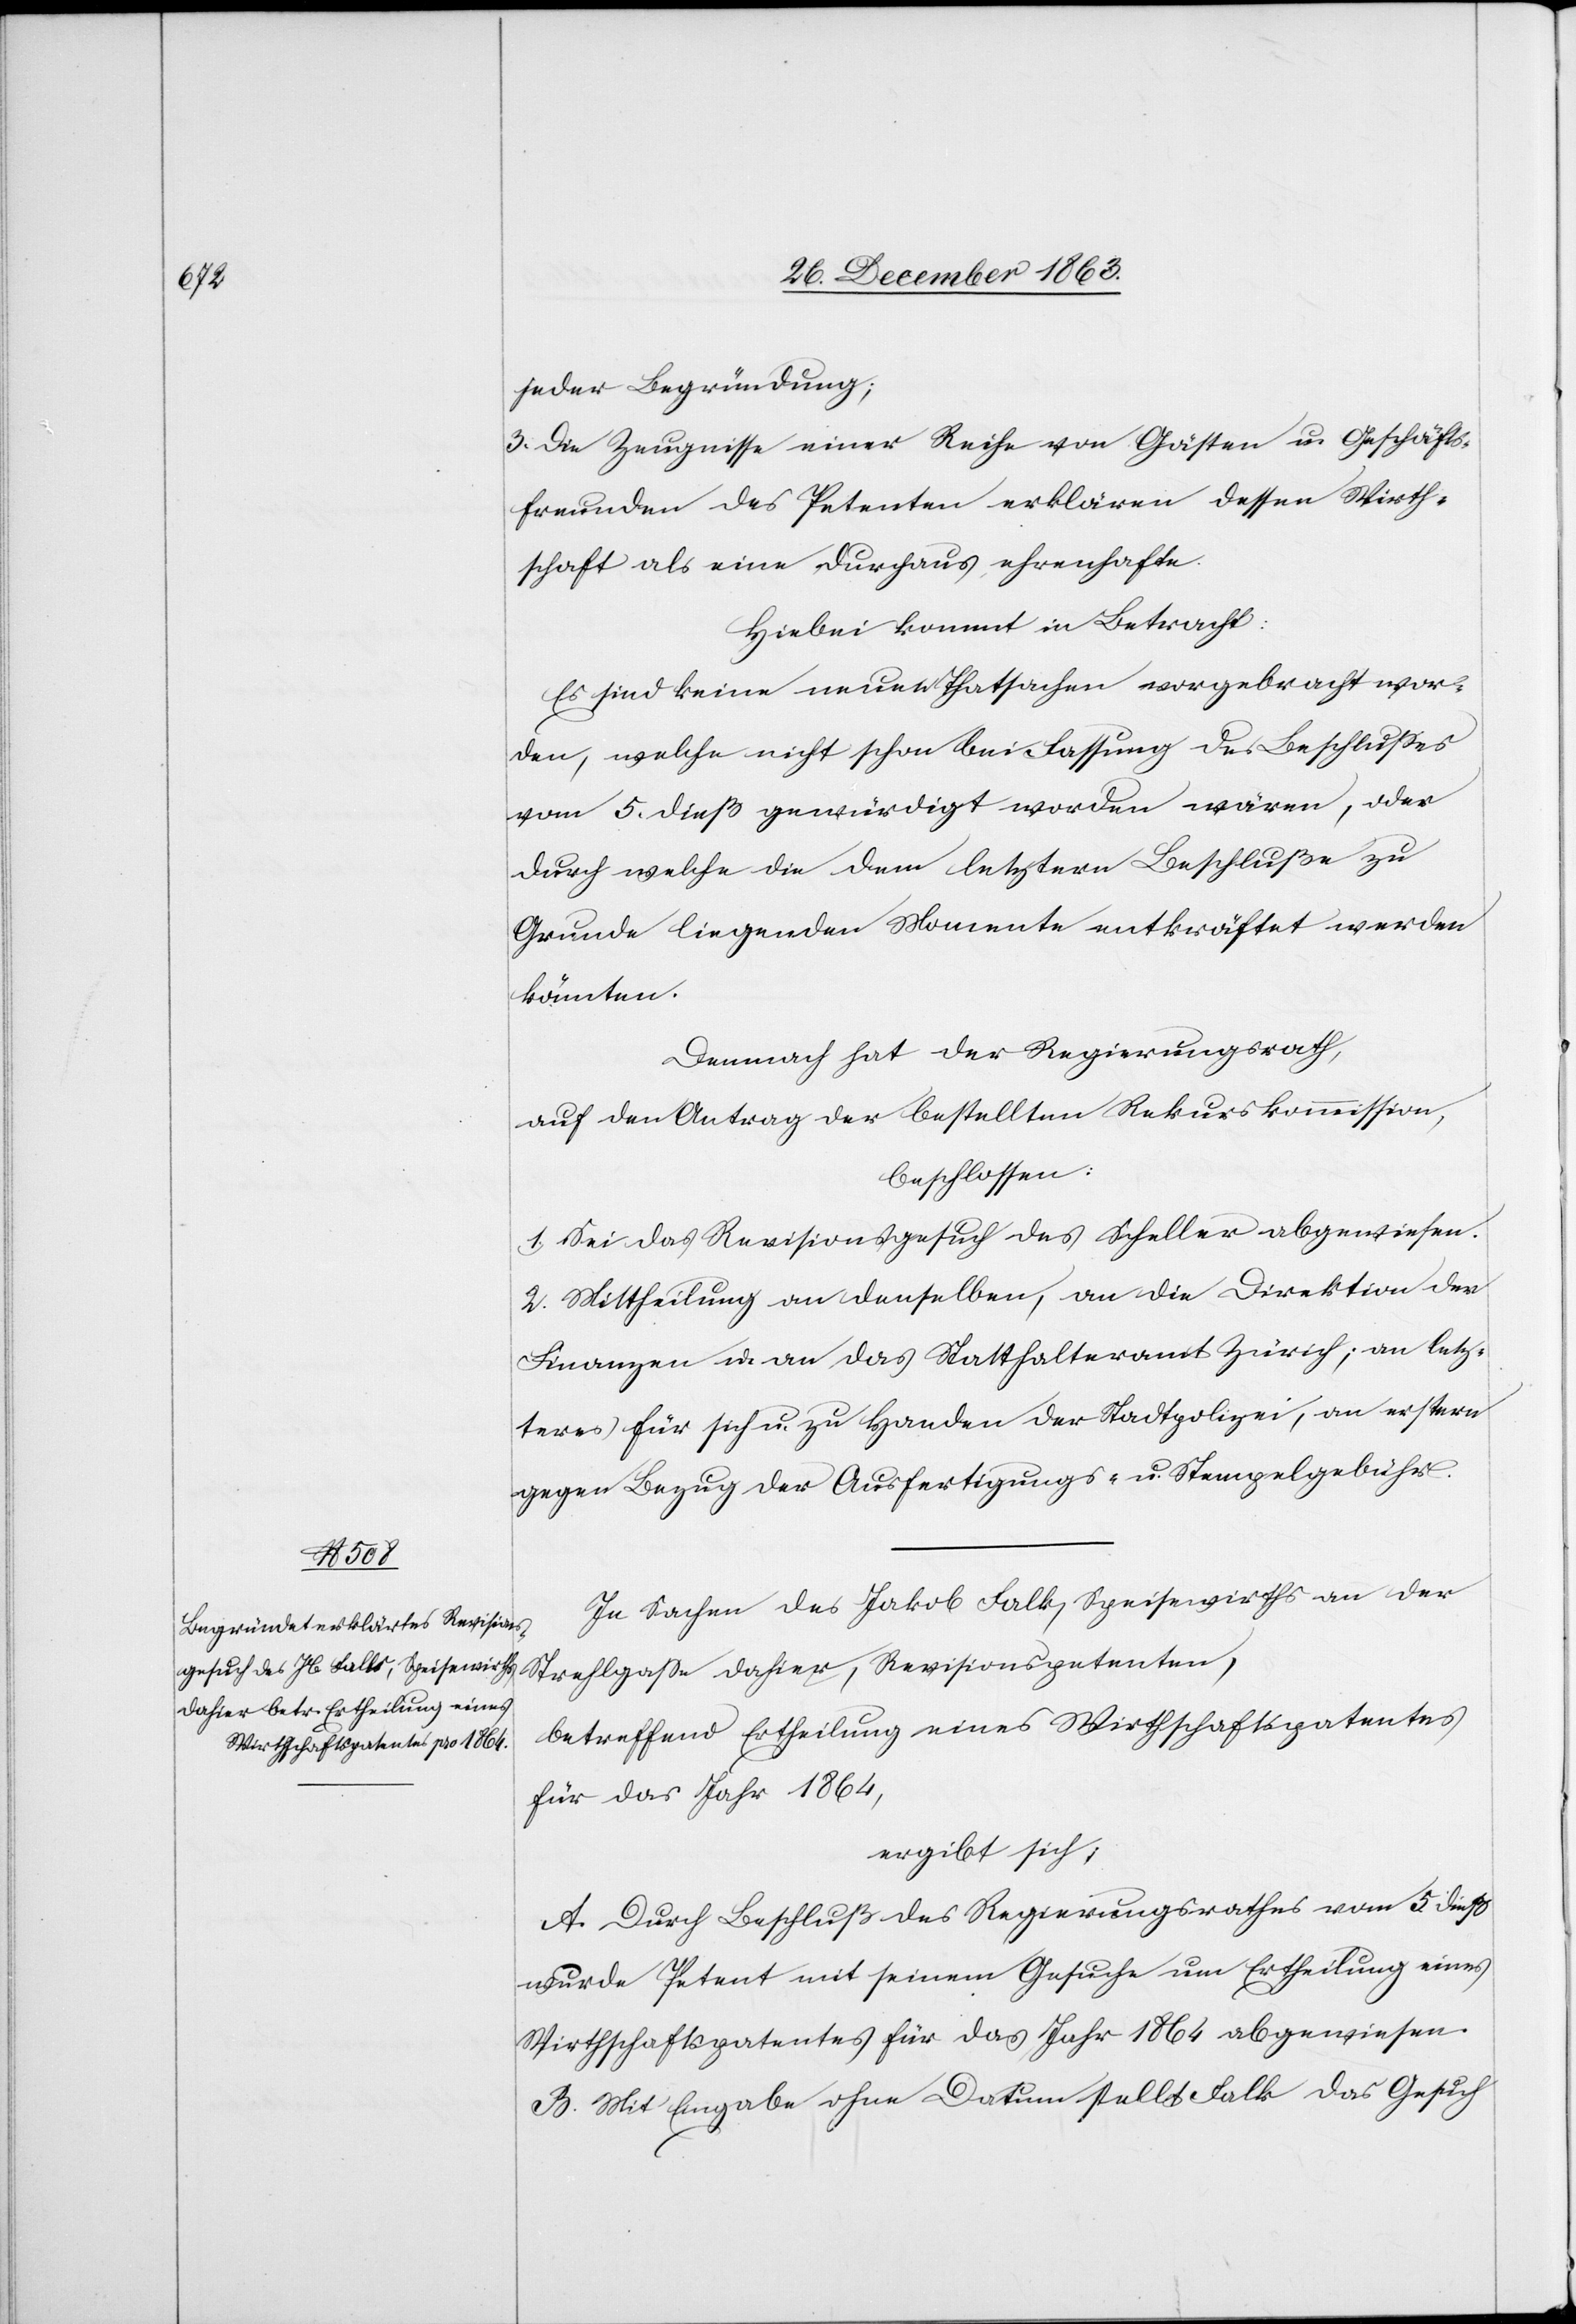
jeder Begründung;
3. Die Zeugnisse einer Reihe von Gästen u. Geschäfts¬
freunden des Petenten erklären dessen Wirth¬
schaft als eine durchaus ehrenhafte.
Hiebei kommt in Betracht:
Es sind keine neuen Thatsachen vorgebracht wor¬
den, welche nicht schon bei Fassung des Beschlusses
vom 5. dieß gewürdigt worden wären, oder
durch welche die dem letztern Beschluße zu
Grunde liegenden Momente entkräftet werden
könnten.
Demnach hat der Regierungsrath,
auf den Antrag der bestellten Rekurskommission,
beschlossen:
1. Sei das Revisionsgesuch des Scheller abgewiesen.
2. Mittheilung an denselben, an die Direktion der
Finanzen u. an das Statthalteramt Zürich; an letz¬
teres für sich u. Handen der Stadtpolizei, an erstern
gegen Bezug der Ausfertigungs- u. Stempelgebühr.
In Sachen des Jakob Falk, Speisewirths an der
Strehlgasse dahier, Revisionspetenten,
betreffend Ertheilung eines Wirthschaftspatentes
für das Jahr 1864,
ergibt sich,
A. Durch Beschluß des Regierungsrathes vom 5. dieß
wurde Petent mit seinem Gesuche um Ertheilung eines
Wirthschaftspatentes für das Jahr 1864 abgewiesen.
B. Mit Eingabe ohne Datum stellt Falk das Gesuch